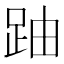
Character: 𲃛